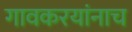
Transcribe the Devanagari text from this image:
गावकरयांनाच